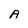
Character: A